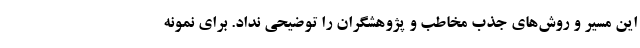
این مسیر و روش‌های جذبِ مخاطب و پژوهشگران را توضیحی نداد. برای نمونه